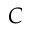
C